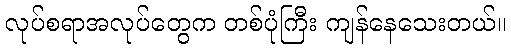
လုပ်စရာအလုပ်တွေက တစ်ပုံကြီး ကျန်နေသေးတယ်။